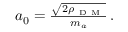
\begin{array} { r } { a _ { 0 } = \frac { \sqrt { 2 \rho _ { \mathrm { ~ D ~ M ~ } } } } { m _ { a } } \, . } \end{array}